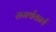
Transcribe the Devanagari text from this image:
समर्थकार्य